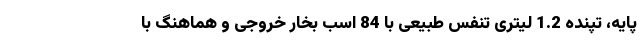
پایه، تپنده 1.2 لیتری تنفس طبیعی با 84 اسب بخار خروجی و هماهنگ با